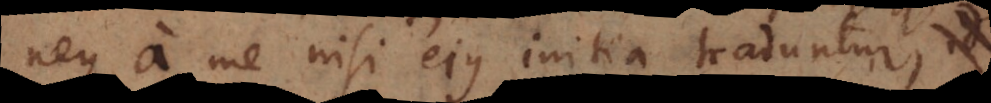
neque a me nisi ejus initia traduntur,